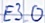
Text: E3.0